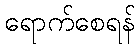
ရောက်စေရန်